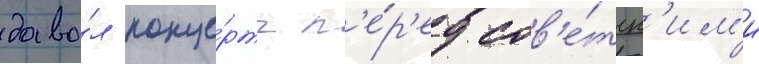
дава́л конце́рты п'е́р'ед сов'е́тск'им'и